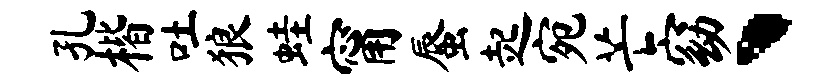
孔楷吐狼蛙甯蜃起宛芒窈、